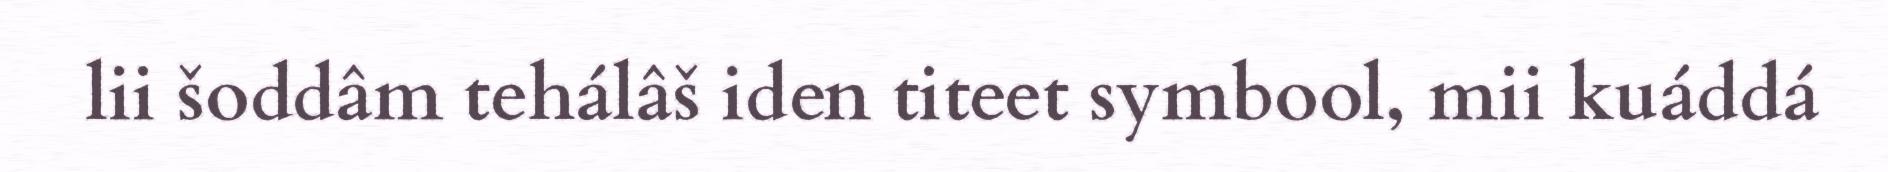
lii šoddâm tehálâš iden titeet symbool, mii kuáddá